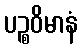
ပဉ္စဝိမာနံ